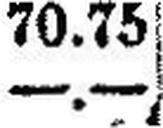
—.—